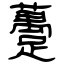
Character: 躉